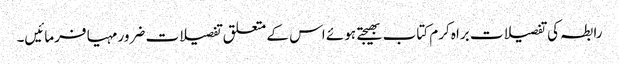
رابطہ کی تفصیلات براہ کرم کتاب بھیجتے ہوئے اس کے متعلق تفصیلات ضرور مہیا فرمائیں۔